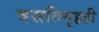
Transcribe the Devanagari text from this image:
वसतिगृहही